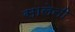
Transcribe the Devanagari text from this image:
सालेनी